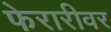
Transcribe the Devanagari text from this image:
फेरारीवर